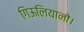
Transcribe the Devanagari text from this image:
गिऊलियानो।